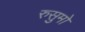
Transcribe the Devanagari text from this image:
रुसुमो